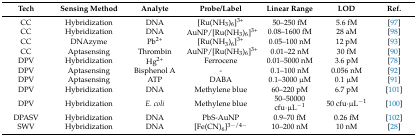
| Tech | Sensing Method | Analyte | Probe/Label | Linear Range | LOD | Ref. |
 | --- | --- | --- | --- | --- | --- | --- |
 | CC | Hybridization | DNA | [Ru(NH3)6]3+ | 50–250 fM | 5.6 fM | [97] |
 | CC | Hybridization | DNA | AuNP/[Ru(NH3)6]3+ | 0.08–1600 fM | 28 aM | [98] |
 | CC | DNAzyme | Pb2+ | [Ru(NH3)6]3+ | 0.05–100 nM | 12 pM | [93] |
 | CC | Aptasensing | Thrombin | AuNP/[Ru(NH3)6]3+ | 0.01–22 nM | 30 fM | [90] |
 | DPV | Hybridization | Hg2+ | Ferrocene | 0.01–5000 nM | 3.6 pM | [78] |
 | DPV | Aptasensing | Bisphenol A | - | 0.1–100 nM | 0.056 nM | [92] |
 | DPV | Aptasensing | ATP | DABA | 0.1–3000 μM | 0.1 μM | [91] |
 | DPV | Hybridization | DNA | Methylene blue | 60–220 pM | 6.7 pM | [101] |
 | DPV | Hybridization | E. coli | Methylene blue | 50–50000 cfu·μL−1 | 50 cfu·μL−1 | [100] |
 | DPASV | Hybridization | DNA | PbS-AuNP | 0.9–70 fM | 0.26 fM | [102] |
 | SWV | Hybridization | DNA | [Fe(CN)6]3−/4− | 10–200 nM | 10 nM | [28] |